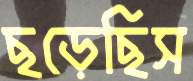
ছড়েছিস